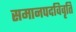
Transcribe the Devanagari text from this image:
समानपदविवृति